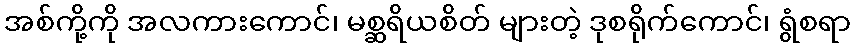
အစ်ကို့ကို အလကားကောင်၊ မစ္ဆရိယစိတ် များတဲ့ ဒုစရိုက်ကောင်၊ ရွံစရာ